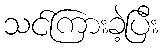
သင်ကြားခဲ့ပြီး